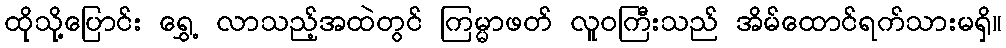
ထိုသို့ပြောင်း ရွှေ့ လာသည့်အထဲတွင် ကြမ္မာဖတ် လူဝကြီးသည် အိမ်ထောင်ရက်သားမရှိ။